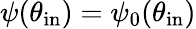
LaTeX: \psi(\theta_{\mathrm{in}})=\psi_{0}(\theta_{\mathrm{in}})